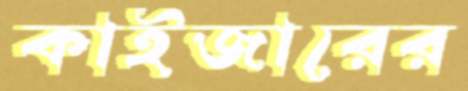
কাইজারের